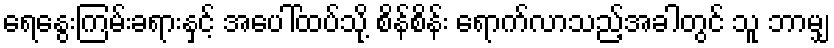
ရေနွေးကြမ်းခရားနှင့် အပေါ်ထပ်သို့ စိန်စိန်း ရောက်လာသည့်အခါတွင် သူ ဘာမျှ